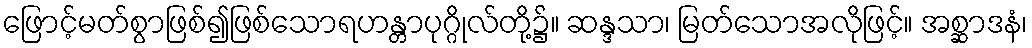
ဖြောင့်မတ်စွာဖြစ်၍ဖြစ်သောရဟန္တာပုဂ္ဂိုလ်တို့၌။ ဆန္ဒသာ၊ မြတ်သောအလိုဖြင့်။ အစ္ဆာဒနံ၊